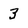
Character: 3